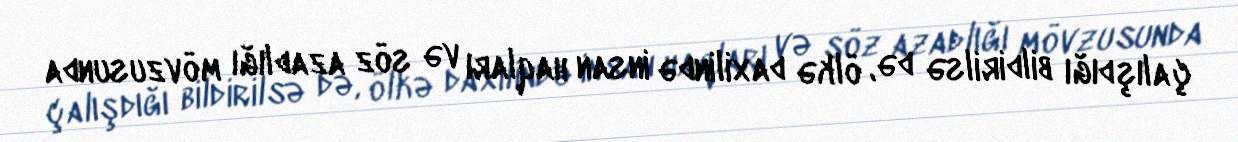
çalışdığı bildirilsə də, ölkə daxilində insan haqları və söz azadlığı mövzusunda